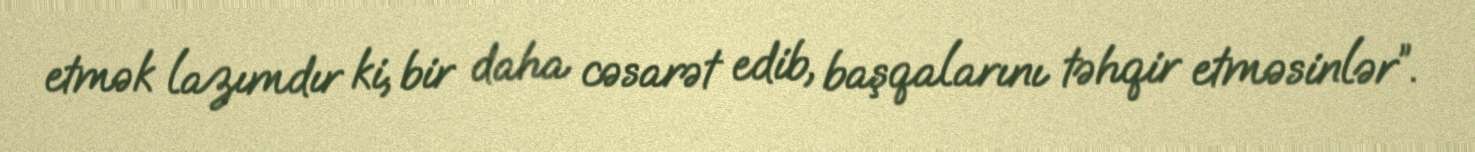
etmək lazımdır ki, bir daha cəsarət edib, başqalarını təhqir etməsinlər”.